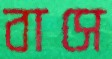
বাসে